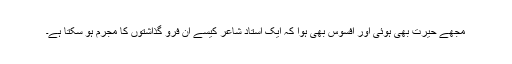
مجھے حیرت بھی ہوئی اور افسوس بھی ہوا کہ ایک استاد شاعر کیسے ان فرو گذاشتوں کا مجرم ہو سکتا ہے۔